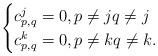
LaTeX: \begin{align*}\begin{cases}c_{p,q}^j=0, p\neq j q\neq j\\c_{p,q}^k=0, p\neq k q\neq k.\end{cases}\end{align*}